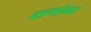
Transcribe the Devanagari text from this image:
वडगांववर